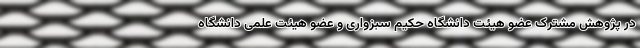
در پژوهش مشترک عضو هیئت دانشگاه حکیم سبزواری و عضو هیئت علمی دانشگاه